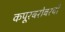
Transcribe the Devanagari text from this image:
कपूरबरोबरची